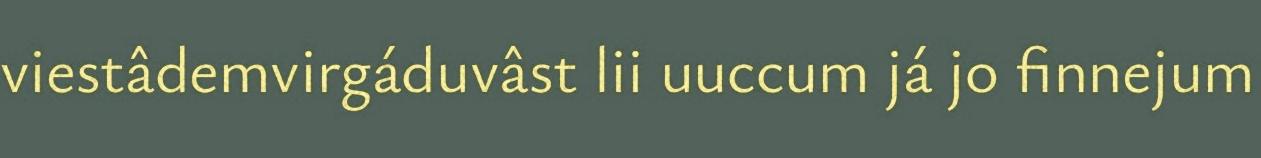
viestâdemvirgáduvâst lii uuccum já jo finnejum